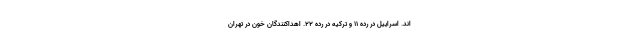
اند. اسراییل در رده 11 و ترکیه در رده 22. اهداکنندگان خون در تهران